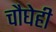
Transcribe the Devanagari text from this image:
चौघेही